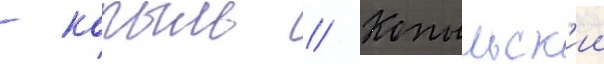
- копыль // Копыльск'ии